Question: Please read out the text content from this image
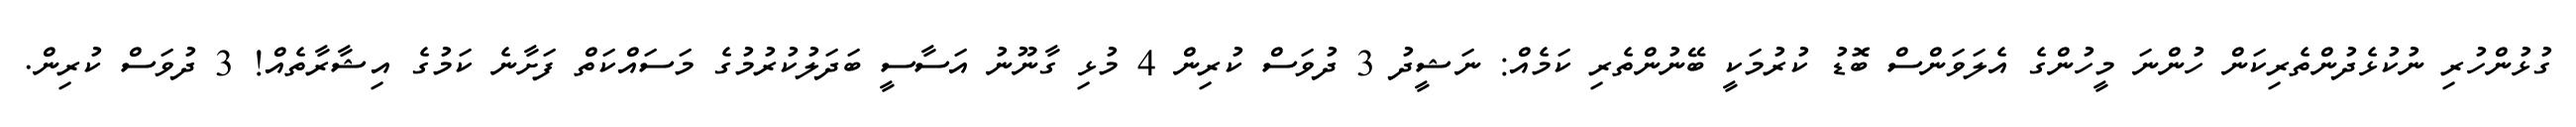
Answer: ގުޅުންހުރި ނުކުޅެދުންތެރިކަން ހުންނަ މީހުންގެ އެލަވަންސް ބޮޑު ކުރުމަކީ ބޭނުންތެރި ކަމެއް: ނަޝީދު 3 ދުވަސް ކުރިން 4 މުޅި ގާނޫނު އަސާސީ ބަދަލުކުރުމުގެ މަސައްކަތް ފަށާނެ ކަމުގެ އިޝާރާތެއް! 3 ދުވަސް ކުރިން.